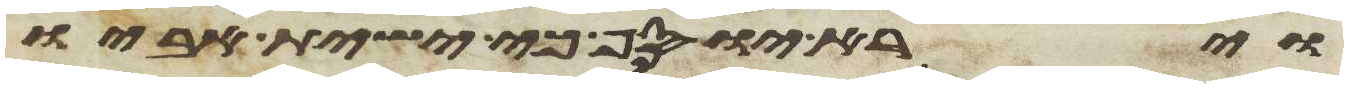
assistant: וירא יוסף כי ישית אביו